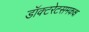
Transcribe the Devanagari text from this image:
डॉक्टरेटसमकक्ष